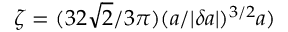
\zeta = ( 3 2 \sqrt { 2 } / 3 \pi ) ( a / | \delta a | ) ^ { 3 / 2 } a )